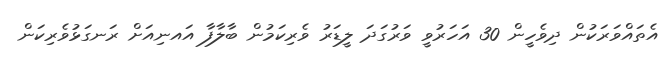
އެތައްވަރަކުން ދިވެހީން 30 އަހަރުވީ ވަރުގަދަ ލީޑަރު ވެރިކަމުން ބާލާފާ އައނިއަށް ރަނގަޅުވެރިކަން